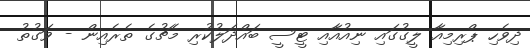
ދިވެހި ޕްރިމިއާ ލީގުގައި ނިއުއާއި ޓީސީ ބައްދަލުކުރި މެޗުގެ ތެރެއިން - ވަގުތު